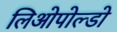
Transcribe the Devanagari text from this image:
लिओपोल्डो